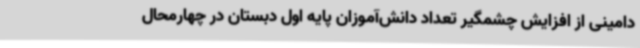
دامینی از افزایش چشمگیر تعداد دانش‌آموزان پایه اول دبستان در چهارمحال